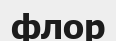
флор